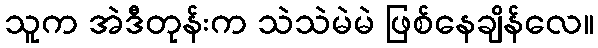
သူက အဲဒီတုန်းက သဲသဲမဲမဲ ဖြစ်နေချိန်လေ။